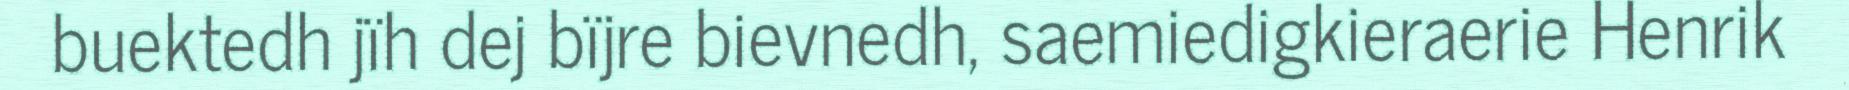
buektedh jïh dej bïjre bievnedh, saemiedigkieraerie Henrik